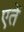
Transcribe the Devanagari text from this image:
एतें